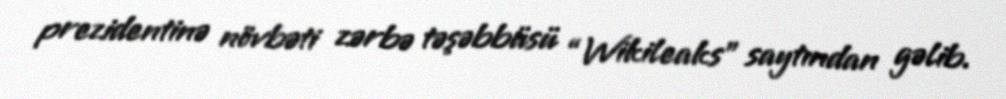
prezidentinə növbəti zərbə təşəbbüsü “Wikileaks” saytından gəlib.